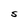
Character: S